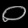
Digit: ၀